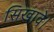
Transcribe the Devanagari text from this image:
सिखावे।